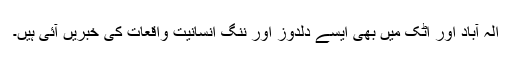
الٰہ آباد اور اٹک میں بھی ایسے دلدوز اور ننگ انسانیت واقعات کی خبریں آئی ہیں۔